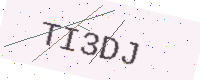
Text: TI3DJ